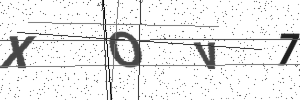
Text: XOV7